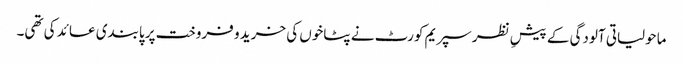
ماحولیاتی آلودگی کے پیشِ نظر سپریم کورٹ نے پٹاخوں کی خرید و فروخت پر پابندی عائد کی تھی۔